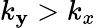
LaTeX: k_{\mathbf{y}}>k_{x}